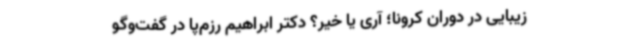
زیبایی در دوران کرونا؛ آری یا خیر؟ دکتر ابراهیم رزم‌پا در گفت‌وگو